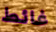
غائط